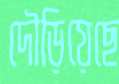
দৌড়িয়েছে